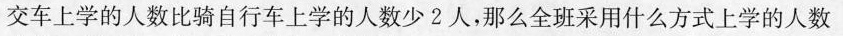
交车上学的人数比骑自行车上学的人数少2人，那么全班采用什么方式上学的人数